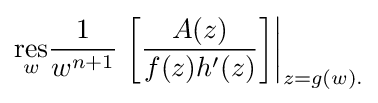
{\underset {w}{\mathrm {res} }}{\frac {1}{w^{n+1}}}\left.\left[{\frac {A(z)}{f(z)h'(z)}}\right]\right|_{z=g(w).}